38_143685_box7_Incident_Summaries_1-100
Agency: Department of War
Page 31
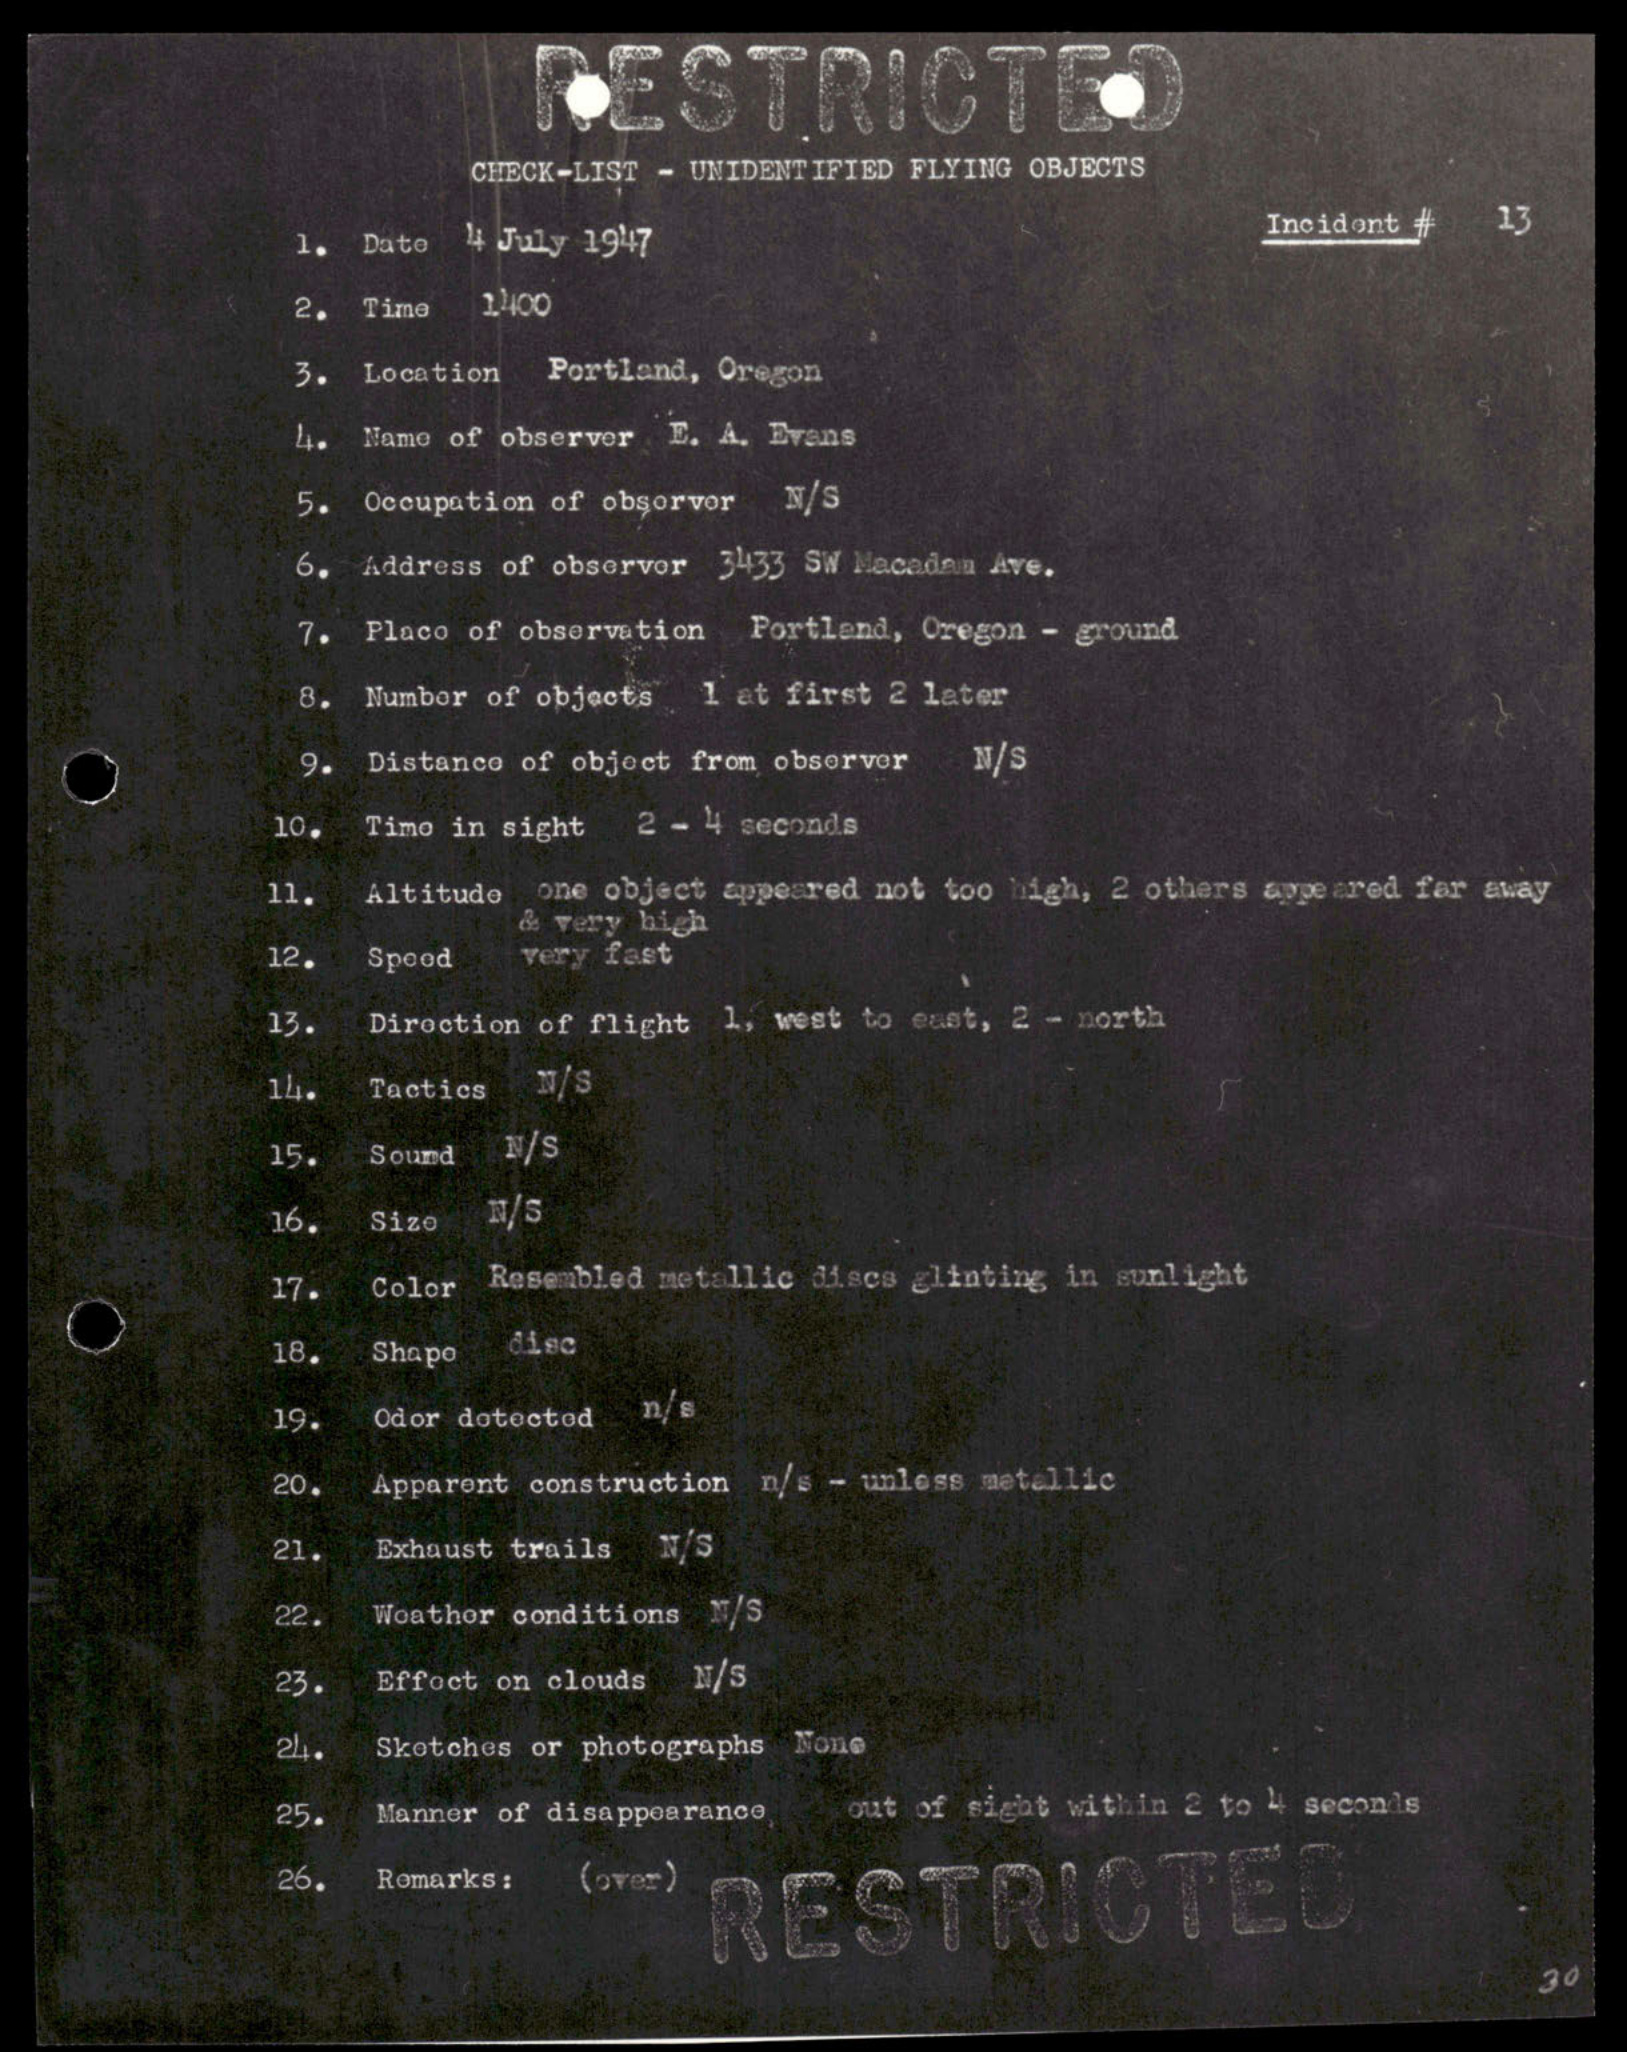